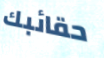
حقائبك